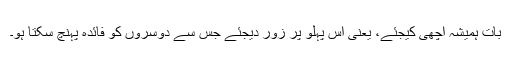
بات ہمیشہ اچھی کیجئے، یعنی اس پہلو پر زور دیجئے جس سے دوسروں کو فائدہ پہنچ سکتا ہو۔